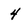
Character: 4